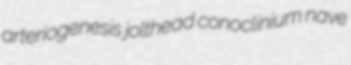
arteriogenesis jolthead conoclinium nave